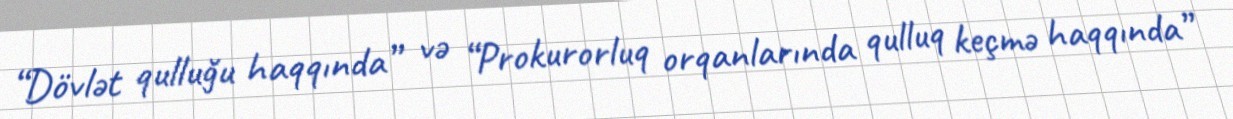
“Dövlət qulluğu haqqında” və “Prokurorluq orqanlarında qulluq keçmə haqqında”